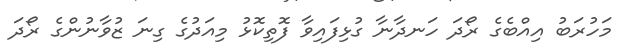
މަހުރަބު އިއްބެގެ ރޯދަ ހަނދާނާ ގުޅިފައިވާ ފޮތިކޮޅު މިއަދުގެ ގިނަ ޒުވާނުންގެ ރޯދަ